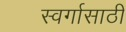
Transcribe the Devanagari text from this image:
स्वर्गासाठी